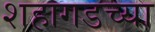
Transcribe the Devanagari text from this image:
शहागडच्या